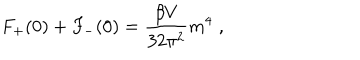
F _ { + } ( 0 ) + F _ { - } ( 0 ) = \frac { \beta V } { 3 2 \pi ^ { 2 } } m ^ { 4 } \; ,